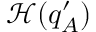
\mathcal { H } ( q _ { A } ^ { \prime } )